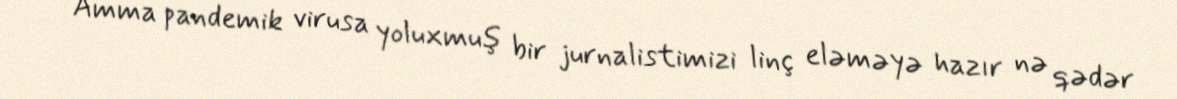
Amma pandemik virusa yoluxmuş bir jurnalistimizi linç eləməyə hazır nə qədər